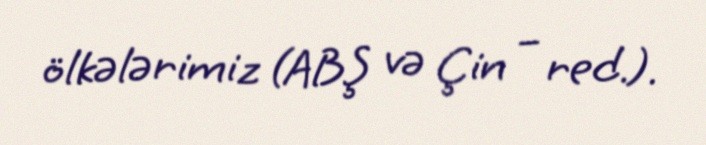
ölkələrimiz (ABŞ və Çin – red.).